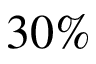
3 0 \%